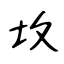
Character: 坆